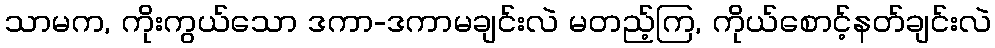
သာမက, ကိုးကွယ်သော ဒကာ-ဒကာမချင်းလဲ မတည့်ကြ, ကိုယ်စောင့်နတ်ချင်းလဲ